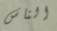
الناس